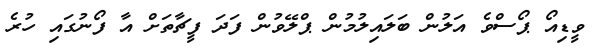
ވީޑިއޯ ޕޯސްވެ އަލުން ބަލައިލުމުން ޕްލޭވުން ފަދަ ފީޗާތަށް އާ ފޯނުގައި ހުރެ